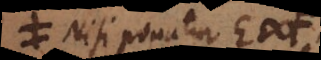
F. Nisi ponatur E